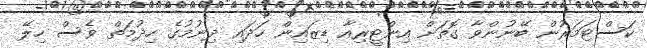
ކަސްޓަމަރުން ބޭނުންވާ ގޮތަށް އިންޓީރިއާ ޑިޒައިން ހަދައި ދިނުމުގެ ހިދުމަތް ވެސް ހިލޭ